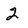
Character: 2